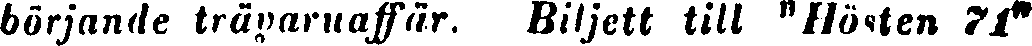
börjande trävarnaffär. Biljett till "Hösten 71"